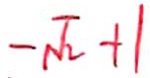
- \sqrt { 2 } + 1